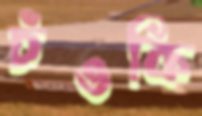
চঁওকি